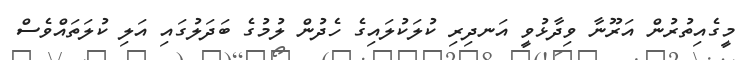
މީގެއިތުރުން އަރޫނާ ވިދާޅުވީ އަނދިރި ކުލަކުލައިގެ ހެދުން ލުމުގެ ބަދަލުގައި އަލި ކުލަތައްވެސް